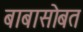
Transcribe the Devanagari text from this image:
बाबासोबत